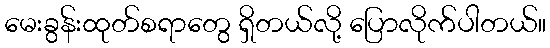
မေးခွန်းထုတ်စရာတွေ ရှိတယ်လို့ ပြောလိုက်ပါတယ်။